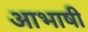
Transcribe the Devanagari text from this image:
आभाषी